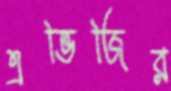
এভিজির